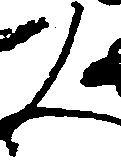
人